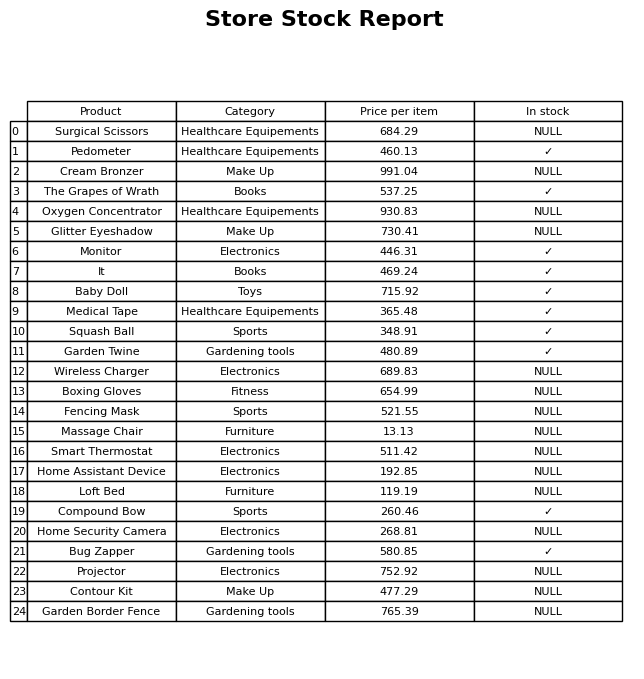
question: What is the price for Squash Ball?
answer: The price of Squash Ball is 348.91.